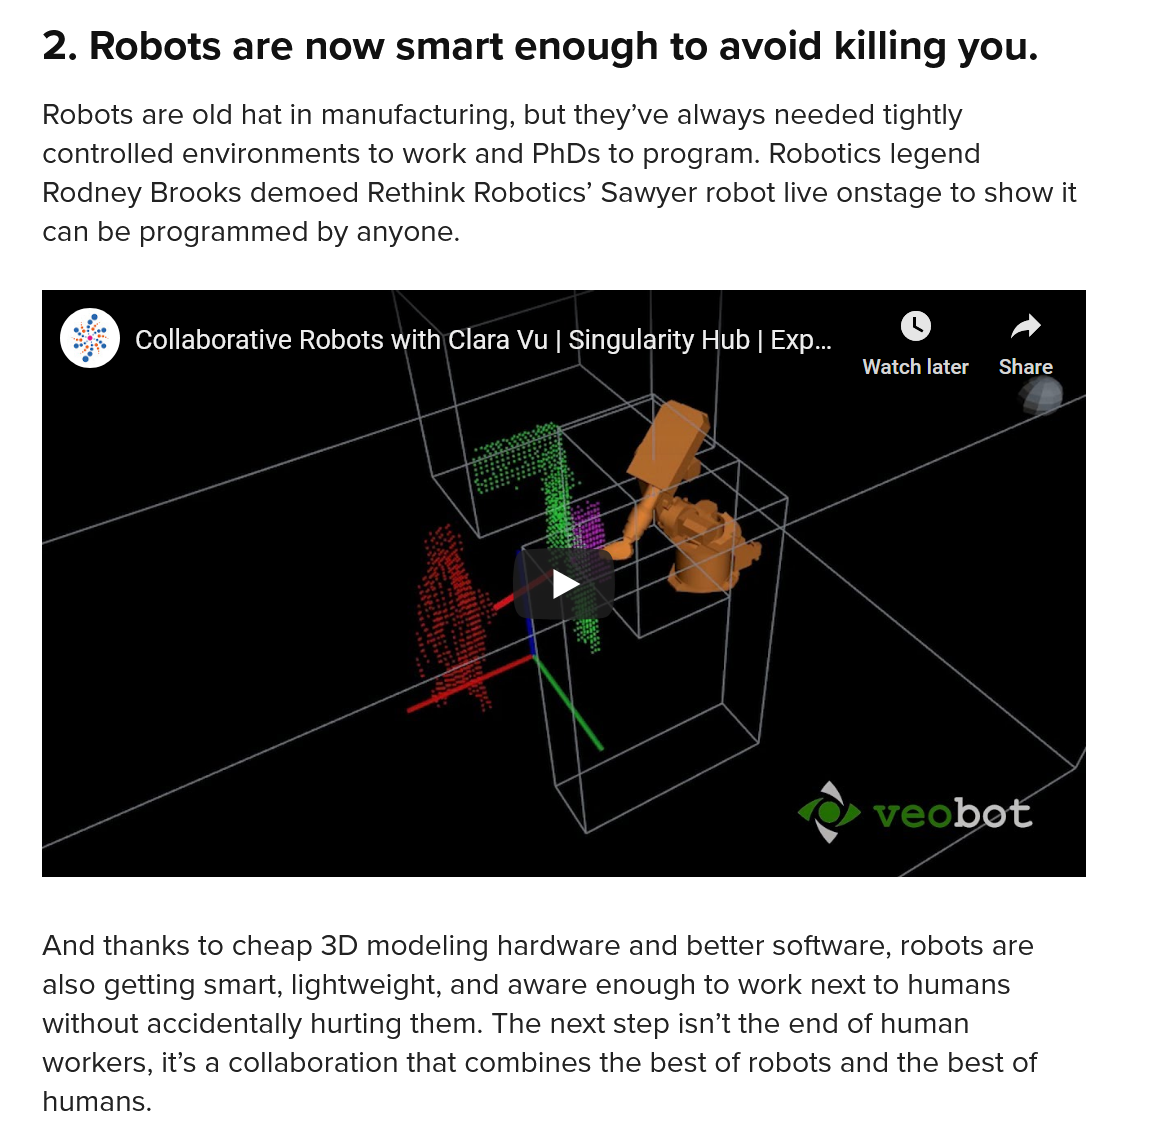
Collaborative    Robots    with\Clara    Vu   | Singularity    Hub    | Exp... ss) Collaborative Robots with\Clara Vu | Singularity Hub | Exp...
     A    a
     DEN
     ol
     ee    mS    TES
     ©    veobo

     Robots    are    old    hat    in  manufacturing,    but    they’ve    always    needed    tightly
     controlled    environments    to  work    and    PhDs    to    program.    Robotics    legend
     Rodney    Brooks    demoed    Rethink    Robotics’    Sawyer    robot    live    onstage    to   show    it
     can    be    programmed    by    anyone.
     2.    Robots    are    now    smart    enough    to    avoid    killing    you.
     And    thanks    to   cheap    3D    modeling    hardware    and better    software,    robots    are
     also    getting    smart,    lightweight,    and    aware    enough    to    work    next    to   humans
     without    accidentally    hurting    them.    The    next    step    isn’t    the    end    of   human
     workers,    it’s    a  collaboration    that    combines    the    best    of   robots    and    the    best    of
     humans.